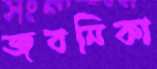
জবনিকা